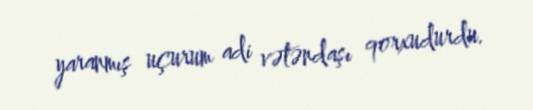
yaranmış uçurum adi vətəndaşı qorxudurdu.